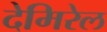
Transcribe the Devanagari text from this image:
देमिरेल